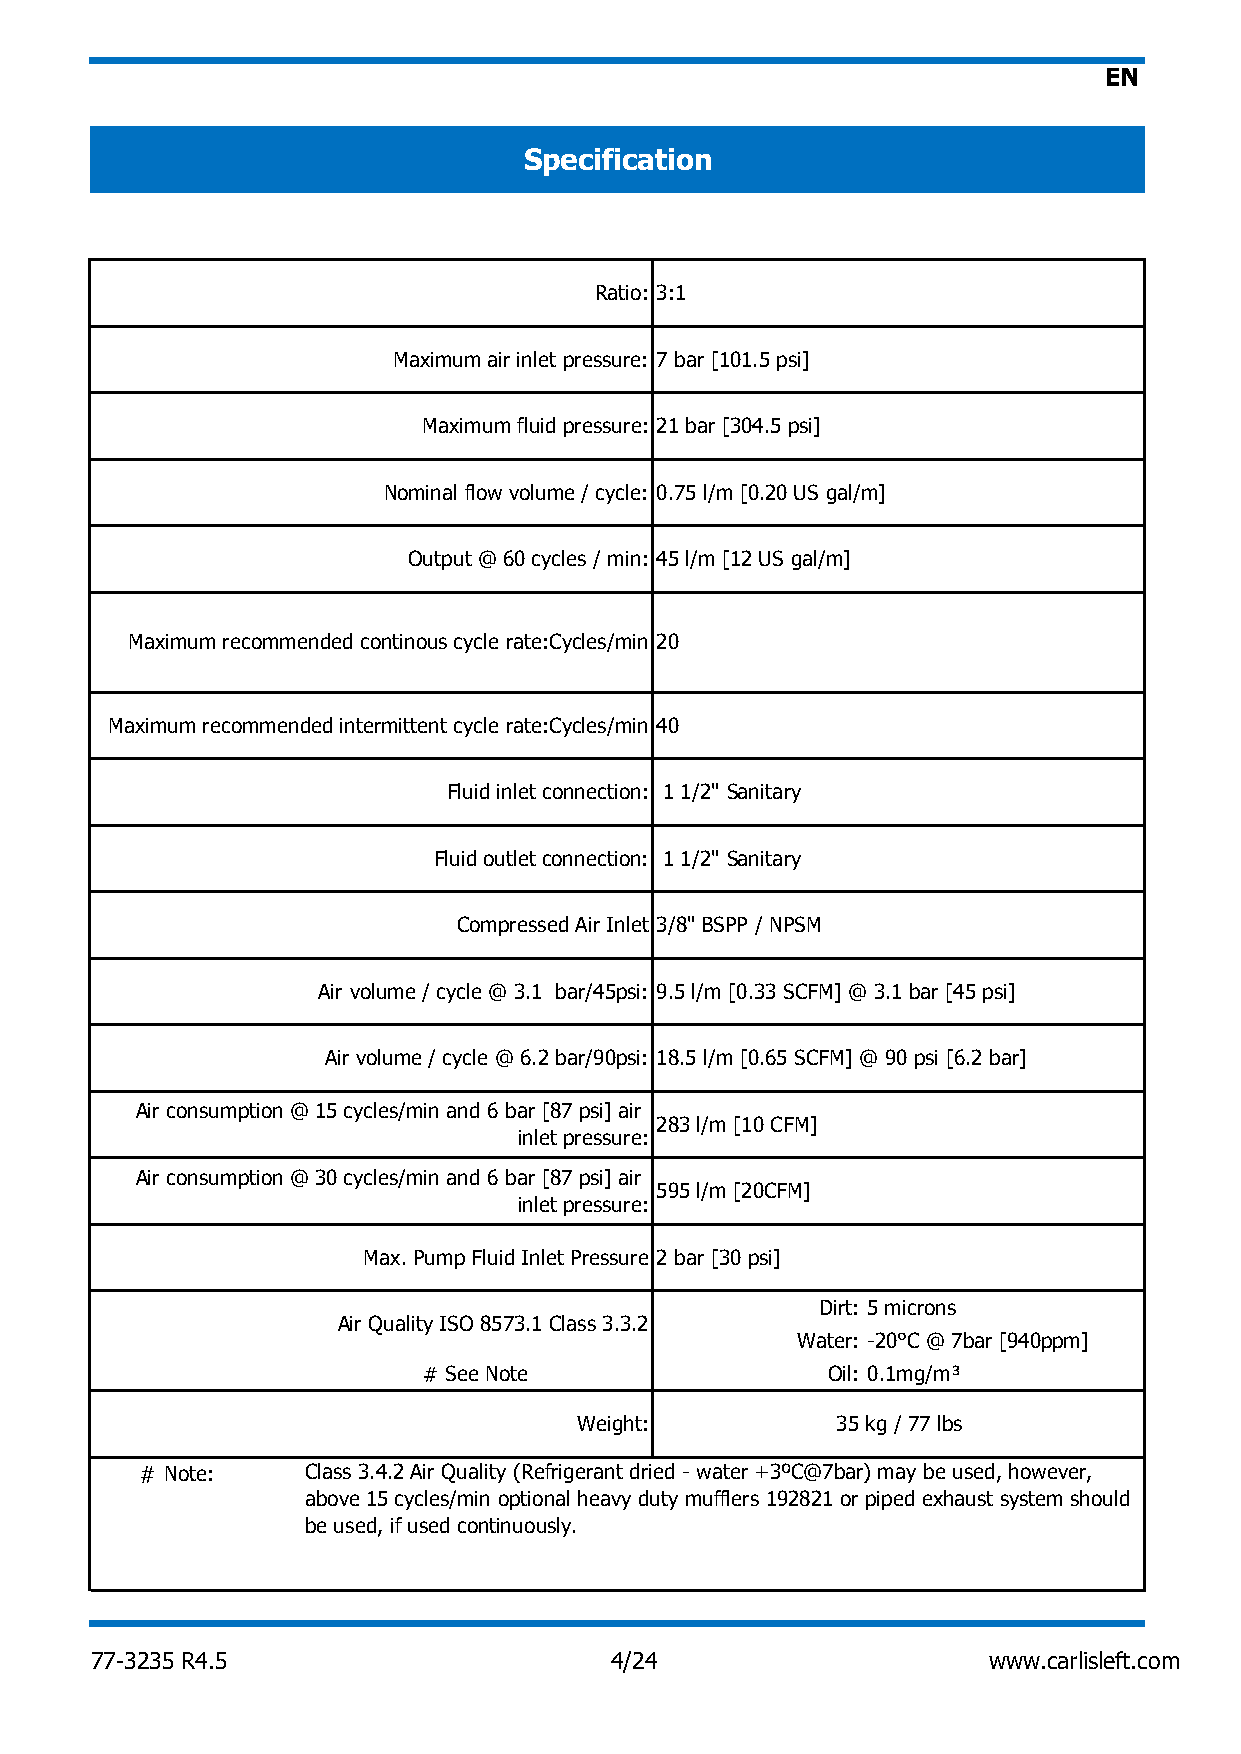
EN
 Specification
 Ratio: 3:1
 Maximum air inlet pressure: 7 bar [101.5 psi]
 Maximum fluid pressure: 21 bar [304.5 psi]
 Nominal flow volume / cycle: 0.75 l/m [0.20 US gal/m]
 Output @ 60 cycles / min: 45 l/m [12 US gal/m]
 Maximum recommended continous cycle rate:Cycles/min 20
 Maximum recommended intermittent cycle rate:Cycles/min 40
 Fluid inlet connection: 1 1/2" Sanitary
 Fluid outlet connection: 1 1/2" Sanitary
 Compressed Air Inlet 3/8" BSPP / NPSM
 Air volume / cycle @ 3.1 bar/45psi: 9.5 l/m [0.33 SCFM] @ 3.1 bar [45 psi]
 Air volume / cycle @ 6.2 bar/90psi: 18.5 l/m [0.65 SCFM] @ 90 psi [6.2 bar]
 Air consumption @ 15 cycles/min and 6 bar [87 psi] air
 283 l/m [10 CFM]
 inlet pressure:
 Air consumption @ 30 cycles/min and 6 bar [87 psi] air
 595 l/m [20CFM]
 inlet pressure:
 Max. Pump Fluid Inlet Pressure 2 bar [30 psi]
 Dirt: 5 microns
 Air Quality ISO 8573.1 Class 3.3.2
 Water: -20°C @ 7bar [940ppm]
 # See Note                 Oil: 0.1mg/m³
 Weight:          35 kg / 77 lbs
 # Note:    Class 3.4.2 Air Quality (Refrigerant dried - water +3ºC@7bar) may be used, however,
 above 15 cycles/min optional heavy duty mufflers 192821 or piped exhaust system should
 be used, if used continuously.
 77-3235 R4.5                      4/24                     www.carlisleft.com